Senior Leaving Certificate Examination (including Day School Certificate (Higher) General paper), 1948
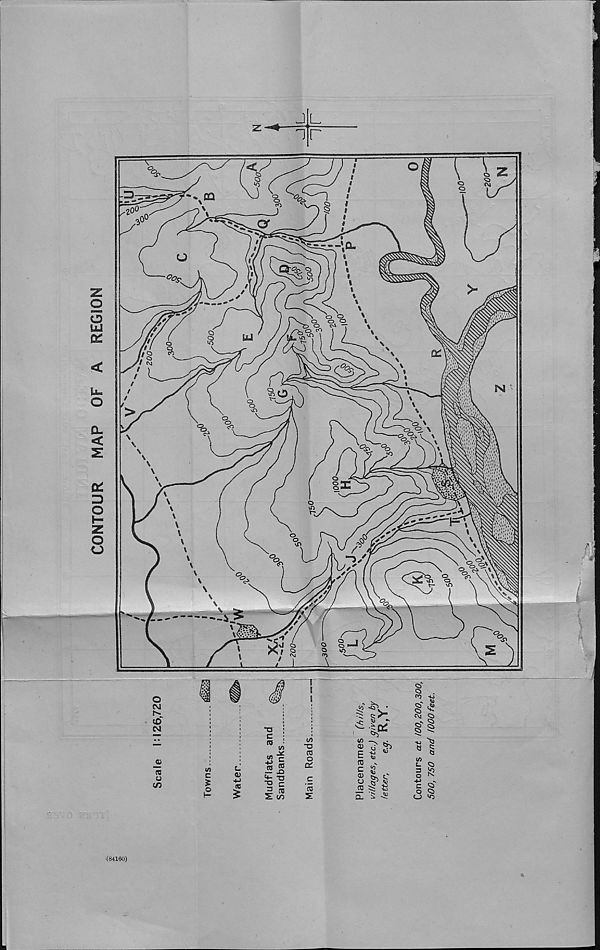
CONTOUR
MAP
OF A
REGION
J L
1 r
</
o
3
QQ
aoo
oO
a
a.
u
>-
u
/5
C3
r
o
>
\
X
F
cA
><
2E
-f]
f *
o
CM
tO
CM
V
TJ
C
w
^ ^ -
(/)
cc
Q
c
£
L.
<a>
cc
-u ^
^ c
S </>
M
-o
cc
o
a;
c
"ro
(A
<U
E
ro
c
<B
U
03
•|a'
Qi
Q f’O HO
S £
CM Cl
§'!
HO "C!
<o
a! S
i/i
c.
O CD
(84160)